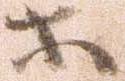
等